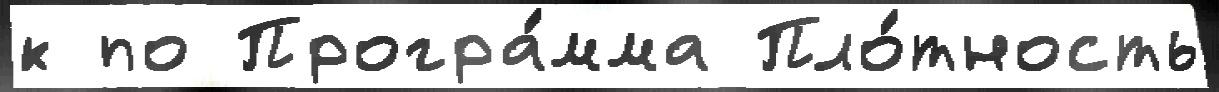
к по Програ́мма Пло́тность